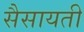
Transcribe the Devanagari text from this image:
सैसायती